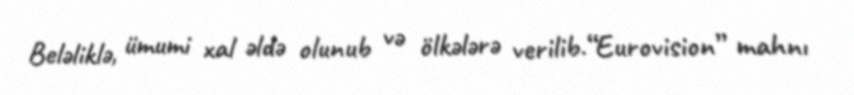
Beləliklə, ümumi xal əldə olunub və ölkələrə verilib.“Eurovision” mahnı